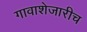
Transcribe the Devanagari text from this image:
गावाशेजारीच